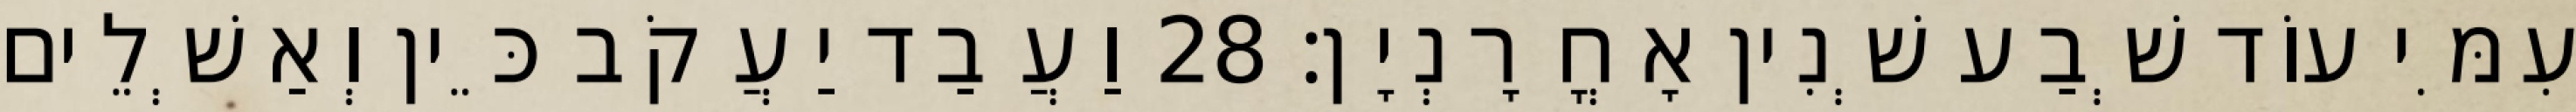
עִמִּי עוֹד שְׁבַע שְׁנִין אָחֳרָנְיָן׃ 28 וַעֲבַד יַעֲקֹב כֵּין וְאַשְׁלֵים